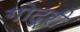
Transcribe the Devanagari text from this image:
गोद्री